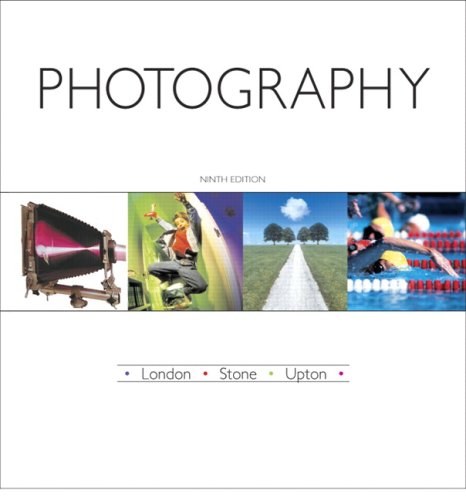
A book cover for Photography (9th Edition); Barbara London; Arts & Photography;